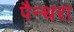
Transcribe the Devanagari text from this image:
पैन्थरा